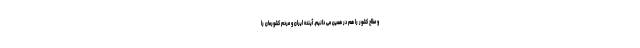
و صلاح کشور را هم در همین می دانیم. آینده ایران و مردم کشورمان را